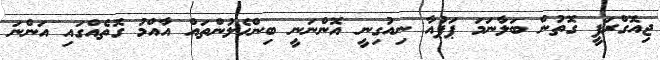
ޖިއޮގްރަފީ ގޮތުން ބަލާނަމަ ޕަޕުއާ ނިއުގިނީ އޮންނަނީ ބިންހެލުންތައް އާއްމު ގޮތެއްގައި އަންނަ